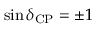
\sin \delta _ { \mathrm { C P } } = \pm 1